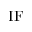
\mathrm { I F }